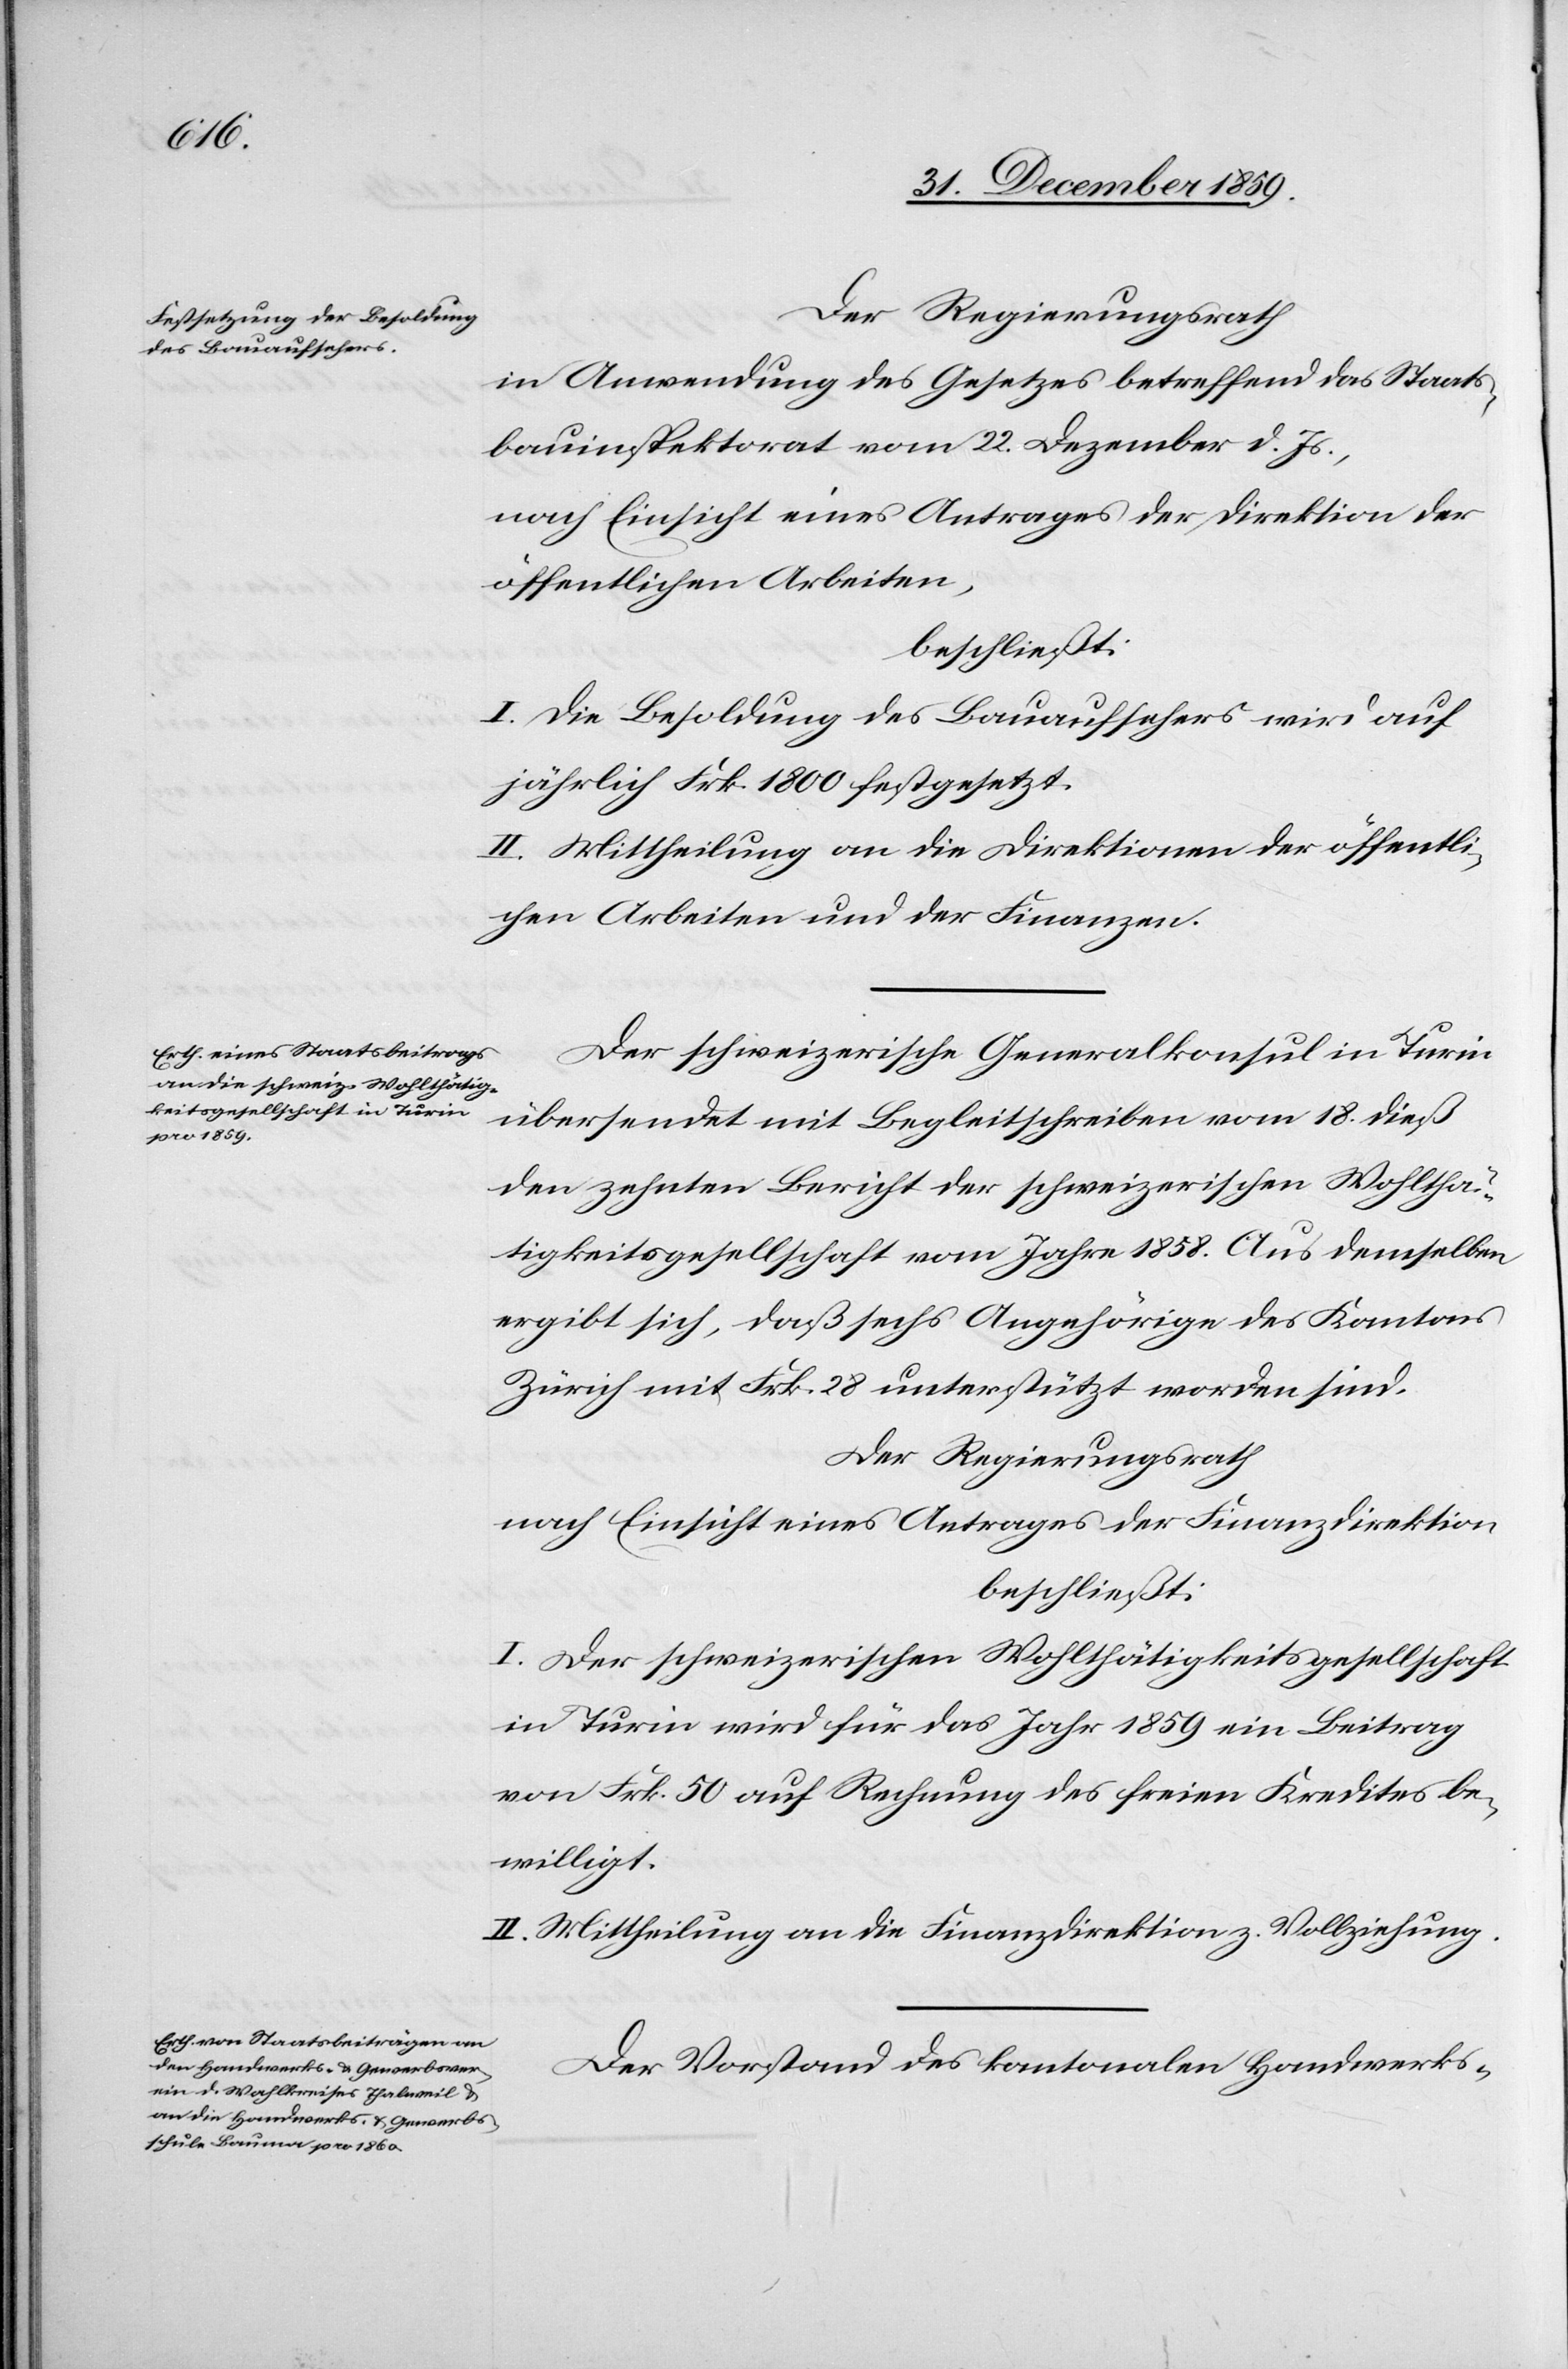
in Anwendung des Gesetzes betreffend das Staats¬
bauinspektorat vom 22. Dezember d. Js.,
nach Einsicht eines Antrages der Direktion der
öffentlichen Arbeiten,
beschließt:
I. Die Besoldung des Bauaufsehers wird auf
jährlich Frk. 1800 festgesetzt.
II. Mittheilung an die Direktionen der öffentli¬
chen Arbeiten und der Finanzen.
Der schweizerische Generalkonsul in Turin
übersendet mit Begleitschreiben vom 18. dieß
den zehnten Bericht der schweizerischen Wohlthä¬
tigkeitsgesellschaft vom Jahre 1858. Aus demselben
ergibt sich, daß sechs Angehörige des Kantons
Zürich mit Frk. 28 unterstützt worden sind.
Der Regierungsrath
nach Einsicht eines Antrages der Finanzdirektion
beschließt:
I. Der schweizerischen Wohlthätigkeitsgesellschaft
in Turin wird für das Jahr 1859 ein Beitrag
von Frk. 50 auf Rechnung des freien Kredites be¬
willigt.
II. Mittheilung an die Finanzdirektion z. Vollziehung.
Der Vorstand des kantonalen Handwerks-